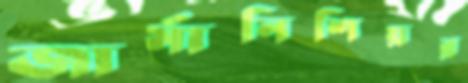
জার্মানিশিয়র